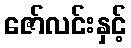
ဇော်လင်းနှင့်